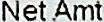
NET AMT